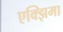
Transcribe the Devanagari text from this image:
एक्झिमा